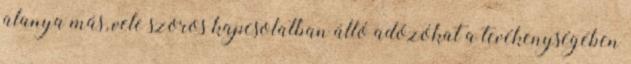
alanya más, vele szoros kapcsolatban álló adózókat a tevékenységében